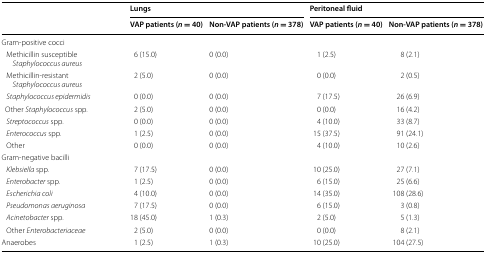
<table><thead><tr><td rowspan="2"></td><td colspan="2"><b>Lungs</b></td><td colspan="2"><b>Peritoneal fluid</b></td></tr><tr><td><b>VAP patients (<i>n</i> = 40)</b></td><td><b>Non-VAP patients (<i>n</i> = 378)</b></td><td><b>VAP patients (<i>n</i> = 40)</b></td><td><b>Non-VAP patients (<i>n</i> = 378)</b></td></tr></thead><tbody><tr><td>Gram-positive cocci</td><td></td><td></td><td></td><td></td></tr><tr><td> Methicillin susceptible <i>Staphylococcus aureus</i></td><td>6 (15.0)</td><td>0 (0.0)</td><td>1 (2.5)</td><td>8 (2.1)</td></tr><tr><td> Methicillin-resistant <i>Staphylococcus aureus</i></td><td>2 (5.0)</td><td>0 (0.0)</td><td>0 (0.0)</td><td>2 (0.5)</td></tr><tr><td> <i>Staphylococcus epidermidis</i></td><td>0 (0.0)</td><td>0 (0.0)</td><td>7 (17.5)</td><td>26 (6.9)</td></tr><tr><td>Other <i>Staphylococcus</i> spp.</td><td>2 (5.0)</td><td>0 (0.0)</td><td>0 (0.0)</td><td>16 (4.2)</td></tr><tr><td> <i>Streptococcus</i> spp.</td><td>0 (0.0)</td><td>0 (0.0)</td><td>4 (10.0)</td><td>33 (8.7)</td></tr><tr><td> <i>Enterococcus</i> spp.</td><td>1 (2.5)</td><td>0 (0.0)</td><td>15 (37.5)</td><td>91 (24.1)</td></tr><tr><td> Other</td><td>0 (0.0)</td><td>0 (0.0)</td><td>4 (10.0)</td><td>10 (2.6)</td></tr><tr><td>Gram-negative bacilli</td><td></td><td></td><td></td><td></td></tr><tr><td> <i>Klebsiella</i> spp.</td><td>7 (17.5)</td><td>0 (0.0)</td><td>10 (25.0)</td><td>27 (7.1)</td></tr><tr><td> <i>Enterobacter</i> spp.</td><td>1 (2.5)</td><td>0 (0.0)</td><td>6 (15.0)</td><td>25 (6.6)</td></tr><tr><td> <i>Escherichia coli</i></td><td>4 (10.0)</td><td>0 (0.0)</td><td>14 (35.0)</td><td>108 (28.6)</td></tr><tr><td> <i>Pseudomonas aeruginosa</i></td><td>7 (17.5)</td><td>0 (0.0)</td><td>6 (15.0)</td><td>3 (0.8)</td></tr><tr><td> <i>Acinetobacter</i> spp.</td><td>18 (45.0)</td><td>1 (0.3)</td><td>2 (5.0)</td><td>5 (1.3)</td></tr><tr><td> Other <i>Enterobacteriaceae</i></td><td>2 (5.0)</td><td>0 (0.0)</td><td>0 (0.0)</td><td>8 (2.1)</td></tr><tr><td>Anaerobes</td><td>1 (2.5)</td><td>1 (0.3)</td><td>10 (25.0)</td><td>104 (27.5)</td></tr></tbody></table>